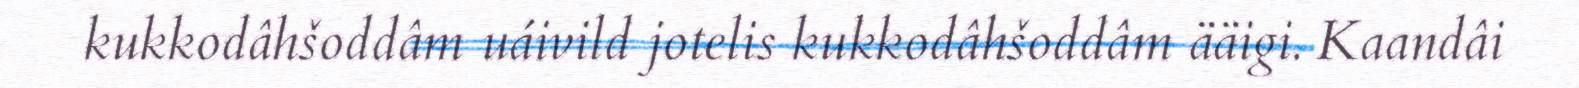
kukkodâhšoddâm uáivild jotelis kukkodâhšoddâm ääigi. Kaandâi